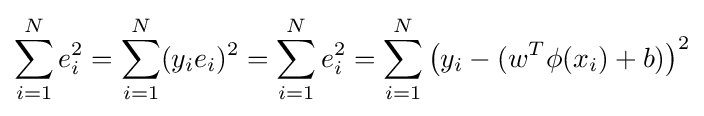
\sum \limits _{i=1}^{N}e_{i}^{2}=\sum \limits _{i=1}^{N}(y_{i}e_{i})^{2}=\sum \limits _{i=1}^{N}e_{i}^{2}=\sum \limits _{i=1}^{N}\left(y_{i}-(w^{T}\phi (x_{i})+b)\right)^{2}